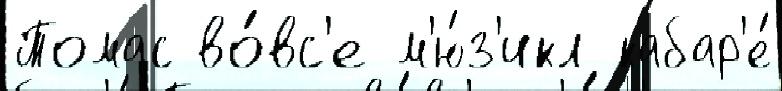
Томас во́вс'е м'ю́з'икл кабар'е́